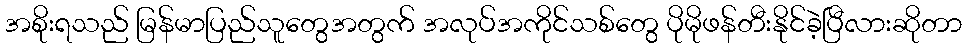
အစိုးရသည် မြန်မာပြည်သူတွေအတွက် အလုပ်အကိုင်သစ်တွေ ပိုမိုဖန်တီးနိုင်ခဲ့ပြီလားဆိုတာ